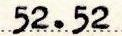
52.52